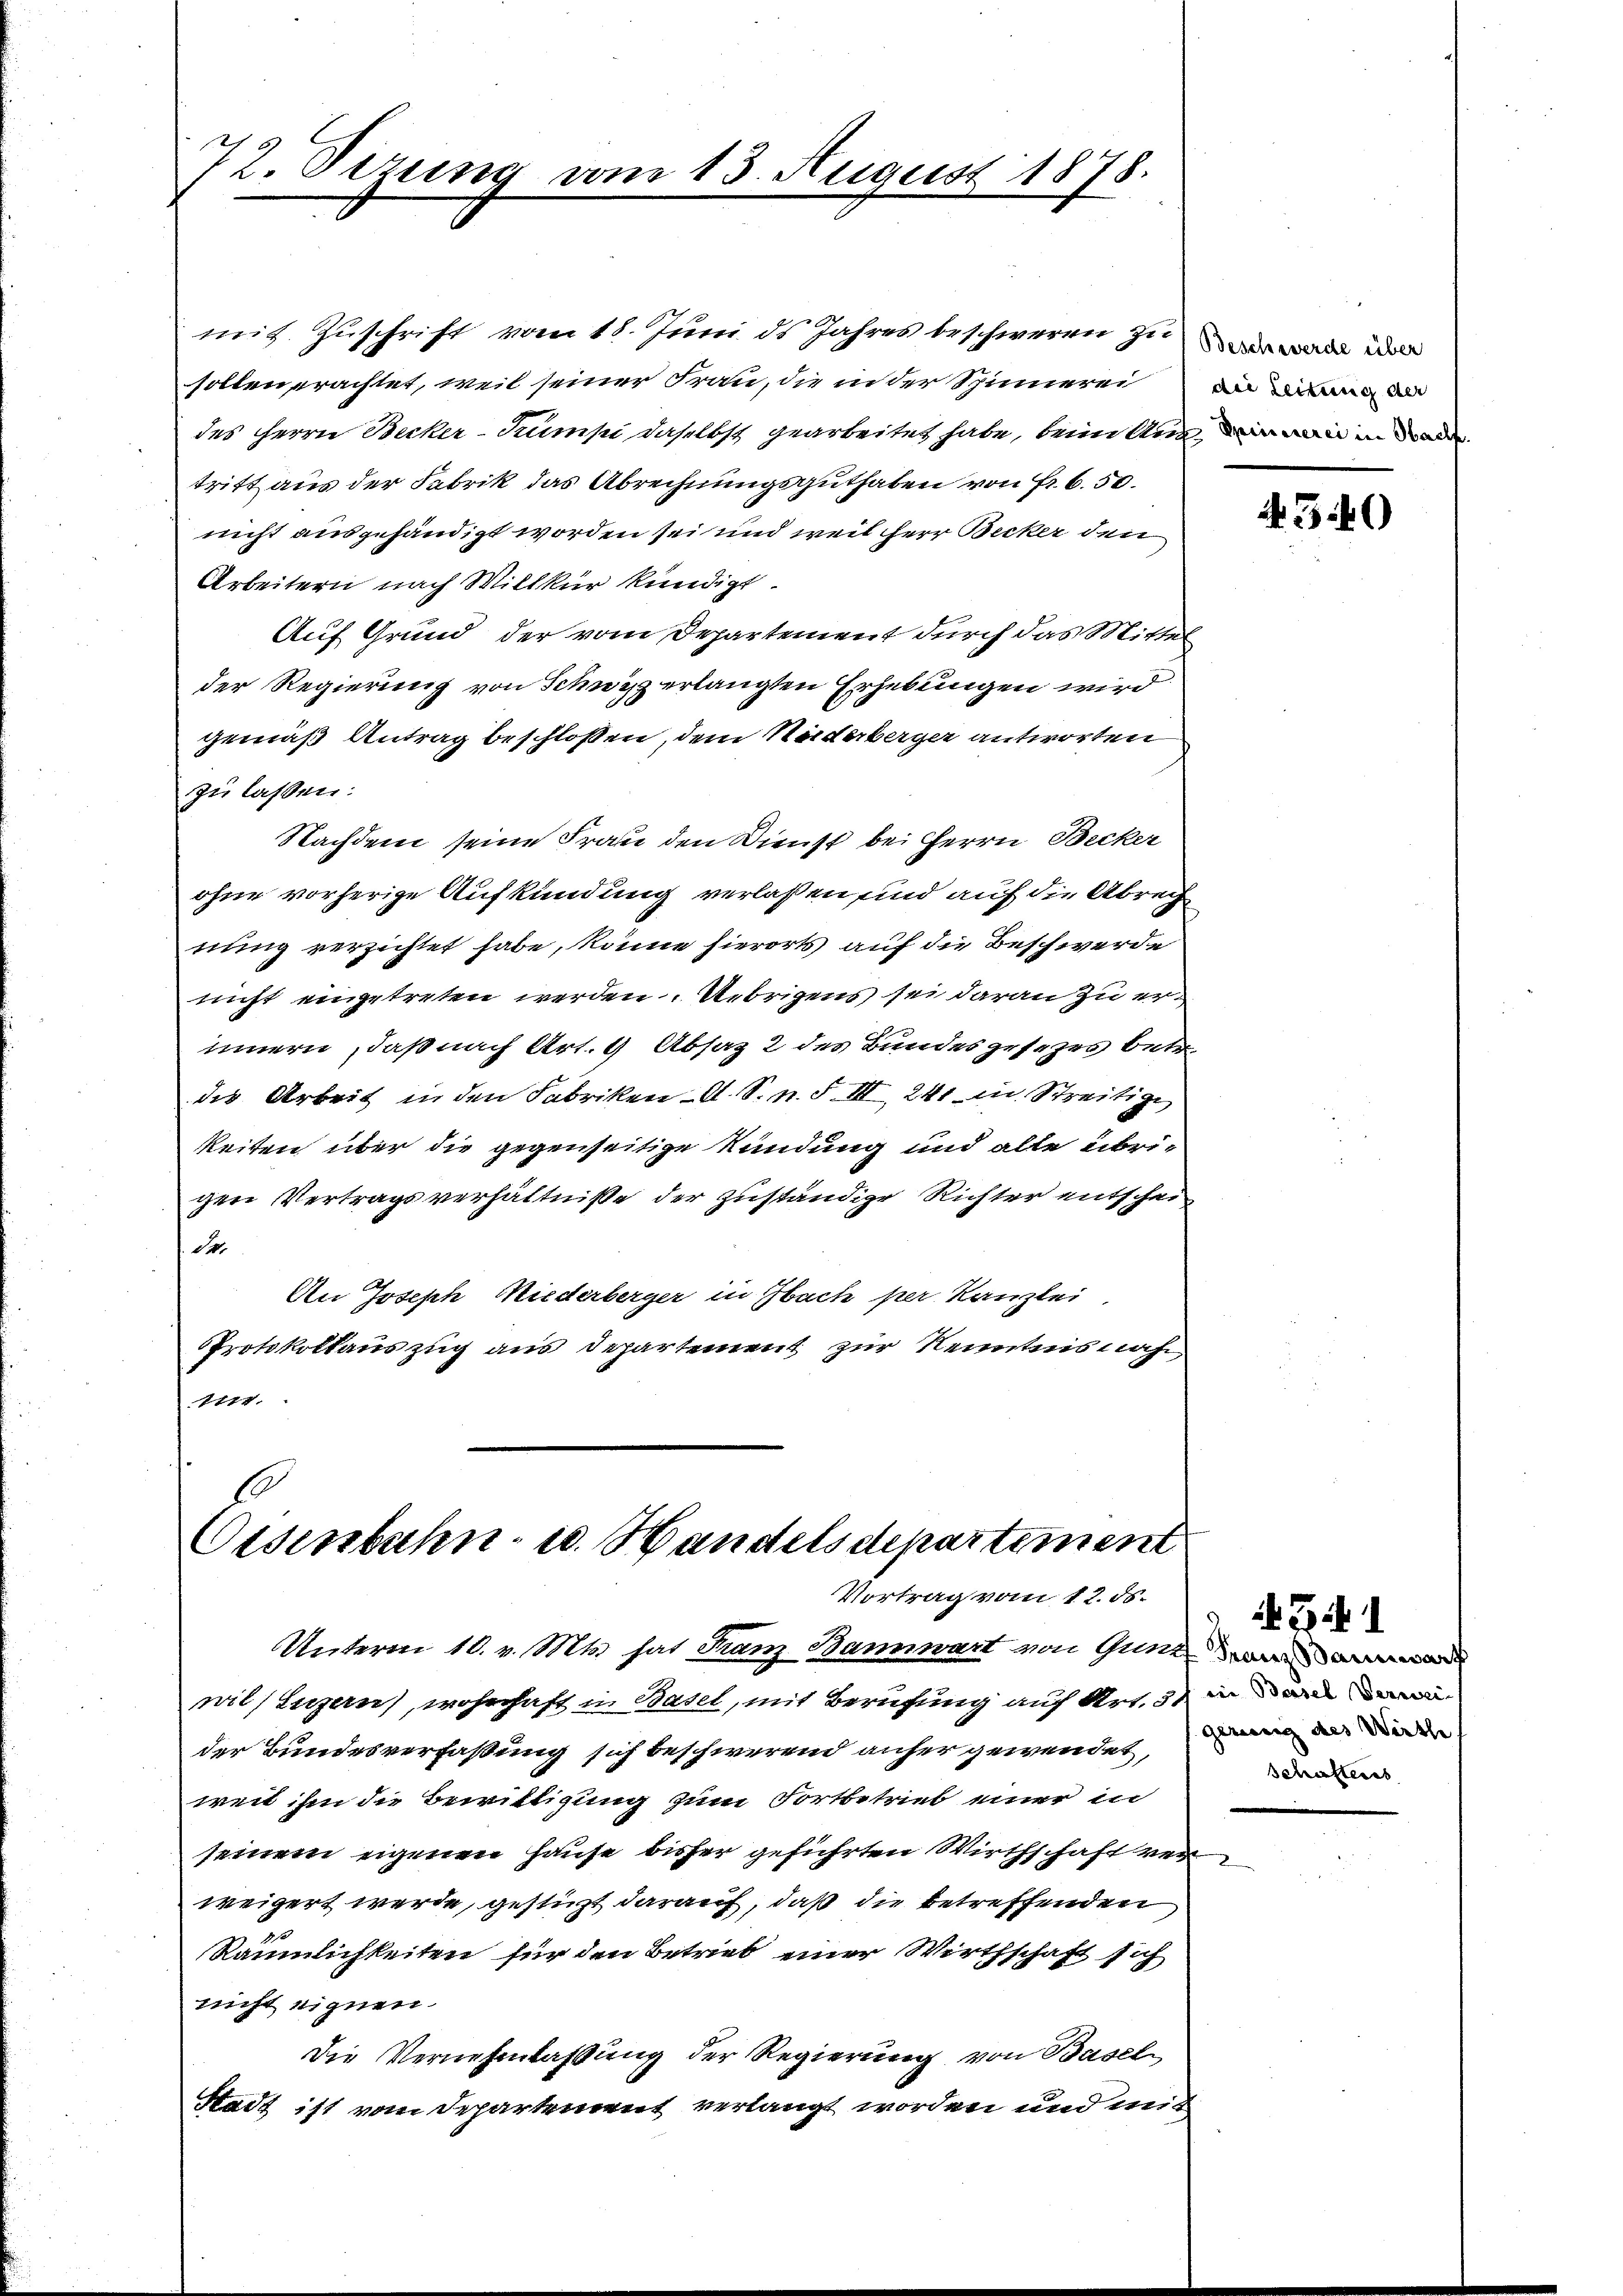
72. Sizung

mit. Zuschrift vom 18. Juni ds Jahres beschweren zu erwald de
sollen erachtet, weil seiner Frau, die in der Spinnerei
des Herrn Becker-Kumpi daselbst gearbeitet habe, beim Anin einen
tritt aus der Fabrik das Abrechnungsguthaten von Fr. 6. 50.
nicht ausgehändigt worden sei und weil Herr Becker den
Arbeitern nach Willkür kündigt.
Auf Grund, der vom Departement durch das Mittel
der Regierung von Schwyz erlangten Erhebungen wird
gemäß Antrag beschloßen, dem Niederberger antworten
zu lassen:
Nachdem seine Frau den Dienst bei Herrn Becker
ohne vorherige Aufkündung verlaßen und auf die Abrech
nung verzichtet habe, könne hierorts auf die Beschwerde
nicht eingetreten werden. Uebrigens sei daran zu erinnern, daß nach Art. 9 Absaz 2 des Bundesgesezes betr.
des Arbeit in den Fabriken- A. S. n. F. III 241 in Streitige
keiten über die gegenseitige Kündung und alle übrigen Vertragsverhältniße der zuständige Richter entschei¬
. S.
An Joseph Niederberger in Sach per Kanzlei
Protokollauszug aus Departement zur Kenntnis nach
1114.

13. August 1878.

Osenbahn- u. Handelsdepartiment
Vortrag vom 12. ds.

Unterm 10. v. Mts. hat Franz Bannwart von Guntane
pil, Luzern, wohnhaft in Basel, mit Berufung auf Art. 3 in an und
der Bundesverfaßung sich beschwerend anher gewendet,
weit ihm die Bewittigung zum Fortbetrieb einer in
seinem eigenen Hause bisher geführten Wirthschaft ver
weigert werde, gestüzt darauf, daß die betreffenden
Räumlichkeiten für den Betrieb einer Wirthschaft sich
nicht eignen.
Die Vernehmlassung der Regierung von Basel
Stadt ist vom Departement verlangt worden und mit

die Leitung der

4340

541
gerung des Werthe
Schafteres